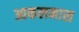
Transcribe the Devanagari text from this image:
आकलनास